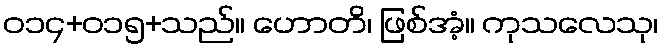
ဝ၁၄+၀၁၅+သည်။ ဟောတိ၊ ဖြစ်အံ့။ ကုသလေသု၊